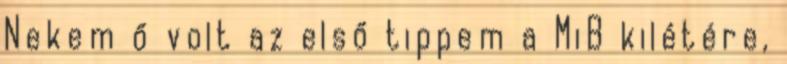
Nekem ő volt az első tippem a MiB kilétére,